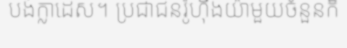
បង់ក្លាដេស។ ប្រជាជនរ៉ូហ៊ីងយ៉ាមួយចំនួនក៏